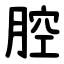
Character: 腔